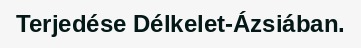
Terjedése Délkelet-Ázsiában.